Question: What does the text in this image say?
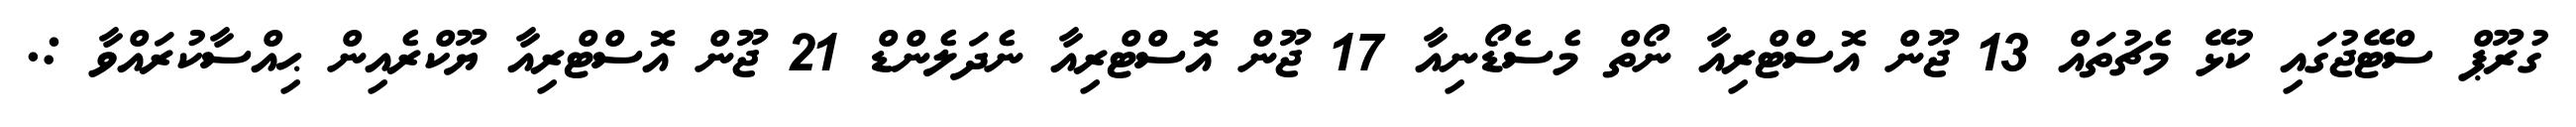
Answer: ގުރޫޕް ސްޓޭޖުގައި ކުޅޭ މެޗުތައް 13 ޖޫން އޮސްޓްރިއާ ނޯތް މެސެޑޯނިއާ 17 ޖޫން އޮސްޓްރިއާ ނެދަލެންޑް 21 ޖޫން އޮސްޓްރިއާ ޔޫކްރެއިން ޙިއްސާކުރައްވާ :.